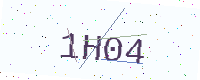
Text: 1H04